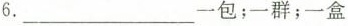
6.___一包；一群；一盒